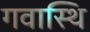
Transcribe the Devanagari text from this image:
गवास्थि